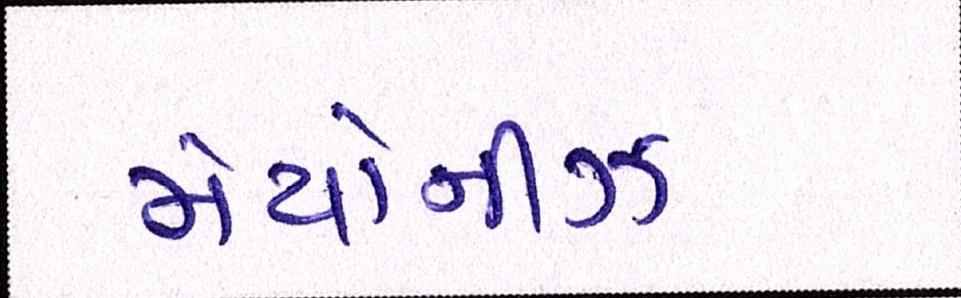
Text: મેયોનીઝ